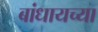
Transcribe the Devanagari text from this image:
बांधायच्या